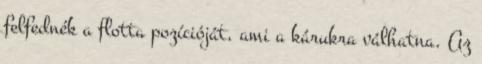
felfednék a flotta pozícióját, ami a kárukra válhatna. Az